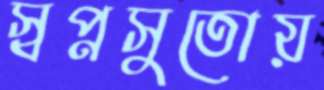
স্বপ্নসুতোয়